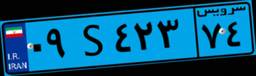
۱۵S۳۹۸۲۹